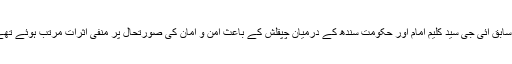
انہوںنے جب اپنے عہدے کا چارج سنبھالا تھا تو اس وقت سابق آئی جی سید کلیم امام اور حکومت سندھ کے درمیان چپقلش کے باعث امن و امان کی صورتحال پر منفی اثرات مرتب ہوئے تھے اور جرائم کی شرح میں بھی اضافہ دیکھنے میں آرہا تھا۔